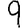
Digit: 9